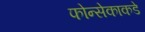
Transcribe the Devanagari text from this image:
फोन्सेकाकडे